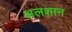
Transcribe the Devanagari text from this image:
अलशान